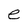
Character: e